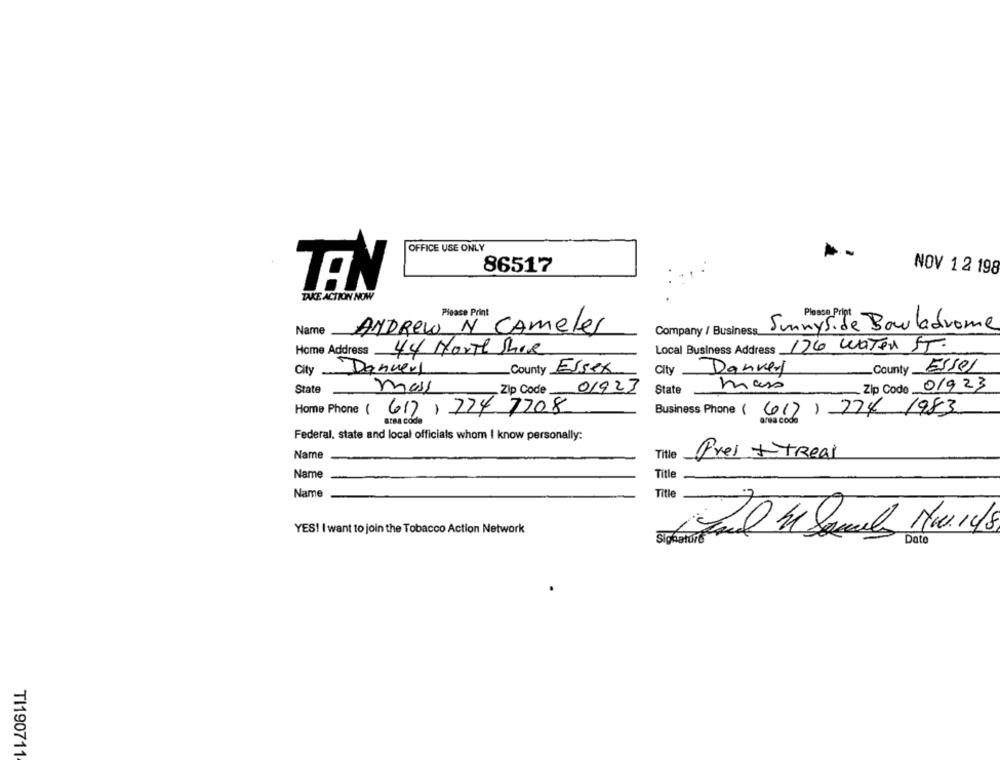
OFFICE USE ONLY
86517
NOV 1 2 198
TEN
TAKE ACTION NOW
Please Print
Sunnyside Boulodrome
Name
ANDREW N CAmeler
Company / Business
Home Address
44 North Shore
Local Business Address 176 Water ST.
City Dannerl
County Essex
City Danner
County Essel
State
Zip Code 01923
mais
Zip Code 01923
mass
State
Home Phone ( 617) 774 7708
Business Phone (617) 774 1983
area code
area code
Federal, state and local officials whom I know personally:
Name
Title
Pres + TReal
Name
Title
Name
Title
YES! I want to join the Tobacco Action Network
Sighature
TI190711